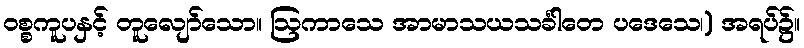
ဝစ္စကူပနှင့် တူလျော်သော။ ဩကာသေ အာမာသယသင်္ခါတေ ပဒေသေ၊) အရပ်၌။